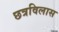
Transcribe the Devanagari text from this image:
छत्रविलास